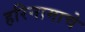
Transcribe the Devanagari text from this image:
हरिनामाचे